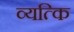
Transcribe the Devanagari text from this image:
व्यत्कि